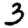
Digit: 3